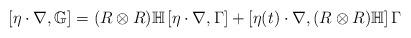
LaTeX: \begin{align*}\left [ \eta \cdot \nabla, \mathbb{G} \right ] = (R \otimes R ) \mathbb{H} \left [ \eta \cdot \nabla, \Gamma \right ] + \left [ \eta(t) \cdot \nabla, ( R \otimes R ) \mathbb{H} \right ] \Gamma\end{align*}